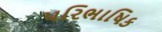
પરિભાષિક